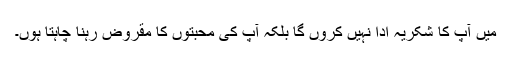
میں آپ کا شکریہ ادا نہیں کروں گا بلکہ آپ کی محبتوں کا مقروض رہنا چاہتا ہوں۔